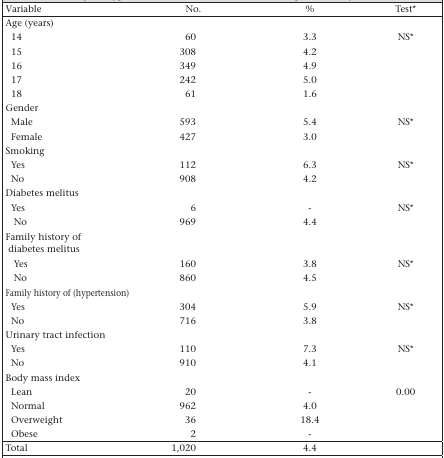
| Variable | No. | % | Test* |
 | --- | --- | --- | --- |
 | <COLSPAN=4> Age (years) |
 | 14 | 60 | 3.3 | NS* |
 | 15 | 308 | 4.2 |  |
 | 16 | 349 | 4.9 |  |
 | 17 | 242 | 5.0 |  |
 | 18 | 61 | 1.6 |  |
 | <COLSPAN=4> Gender |
 | Male | 593 | 5.4 | NS* |
 | Female | 427 | 3.0 |  |
 | <COLSPAN=4> Smoking |
 | Yes | 112 | 6.3 | NS* |
 | No | 908 | 4.2 |  |
 | <COLSPAN=4> Diabetes melitus |
 | Yes | 6 | - | NS* |
 | No | 969 | 4.4 |  |
 | <COLSPAN=4> Family history of diabetes melitus |
 | Yes | 160 | 3.8 | NS* |
 | No | 860 | 4.5 |  |
 | <COLSPAN=4> Family history of (hypertension) |
 | Yes | 304 | 5.9 | NS* |
 | No | 716 | 3.8 |  |
 | <COLSPAN=4> Urinary tract infection |
 | Yes | 110 | 7.3 | NS* |
 | No | 910 | 4.1 |  |
 | <COLSPAN=4> Body mass index |
 | Lean | 20 | - | 0.00 |
 | Normal | 962 | 4.0 |  |
 | Overweight | 36 | 18.4 |  |
 | Obese | 2 | - |  |
 | Total | 1,020 | 4.4 |  |